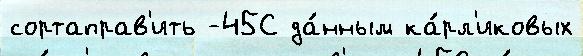
сортаправ'ить -45С да́нным ка́рл'иковых